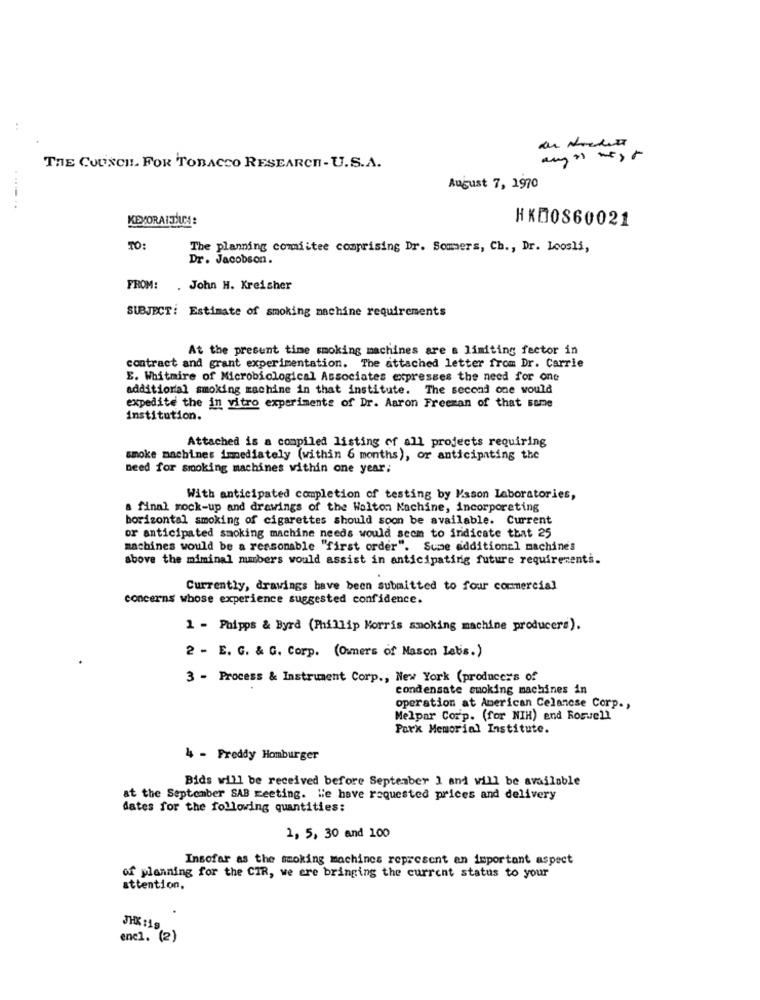
THE COUNCIL. FOR TOBACCO RESEARCH- U.S.A.
....
August 7, 1970
KEVORAITİUM:
HKDOS60021
TO:
The planning comiitee comprising Dr. Somers, Ch ., Dr. Loosli,
Dr. Jacobson.
FROM:
. John H. Kreisher
SUBJECT: Estimate of smoking machine requirements
At the present time smoking machines are a limiting factor in
contract and grant experimentation. The attached letter from Dr. Carrie
E. Whitmire of Microbiological Associates expresses the need for one
additional smoking machine in that institute. The second one would
expedite the in vitro experiments of Dr. Aaron Freeman of that same
Institution.
Attached is a compiled listing of all projects requiring
smoke machines immediately (within 6 months), or anticipating the
need for smoking machines within one year;
With anticipated completion of testing by Mason Laboratories,
a final mock-up and drawings of the Wolton Nachine, incorporating
horizontal smoking of cigarettes should soon be available. Current
or anticipated smoking machine needs would seem to indicate that 25
machines would be a reasonable "first order". Some additional machines
above the miminal mumbers would assist in anticipating future requirements.
Currently, drawings have been submitted to four commercial
concerns whose experience suggested confidence.
1 - Phipps & Byrd (Phillip Morris smoking machine producers).
2 - E. G. & G. Corp. (Owners of Nason labs.)
3 - Process & Instrument Corp ., New York (producer's of
condensate smoking machines in
operation at American Celanese Corp .,
Melpar Corp. (for NIH) end Roswell
Park Memorial Institute.
4 - Freddy Homburger
Bids will be received before September 1 and will be available
at the September SAB meeting. We have requested prices and delivery
dates for the following quantities:
1, 5, 30 and 100
Insofar as the smoking machines represent an important aspect
of planning for the CIR, we are bringing the current status to your
attention,
JHK :19
encl. (2)